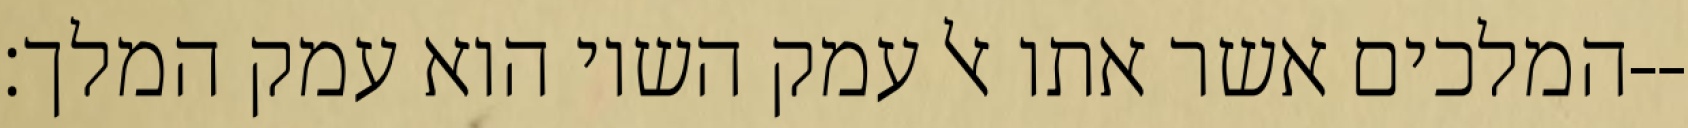
המלכים אשר אתו אל עמק השוי הוא עמק המלך׃--